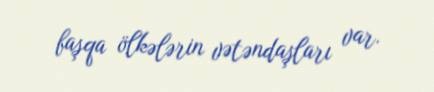
başqa ölkələrin vətəndaşları var.